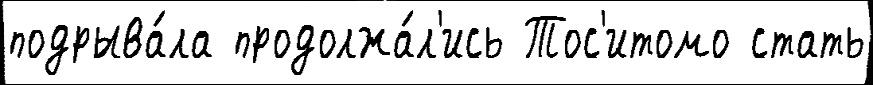
подрыва́ла продолжа́л'ись Тос'итомо стать